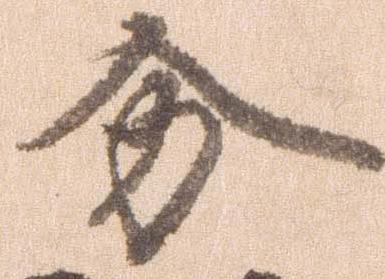
分